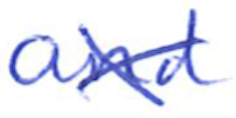
Text: and
Cross-out: cross
Writing tool: ballpoint